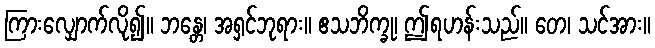
ကြားလျှောက်လို၍။ ဘန္တေ၊ အရှင်ဘုရား။ ဧသဘိက္ခု၊ ဤရဟန်းသည်။ တေ၊ သင်အား။